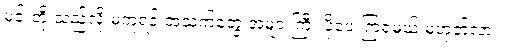
မင်းတို့ သည်လို မကူရင် အသက်တွေ အများကြီး ပိုပေးကြရမယ် မဟုတ်လား။